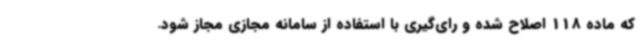
که ماده 118 اصلاح شده و رای‌گیری با استفاده از سامانه مجازی مجاز شود.